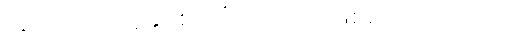
အသက်တိုသူနှင့်စပ်ပြီး သောကဖြစ်ရတာကတော့